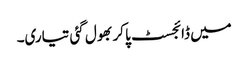
میں ڈائجسٹ پا کر بھول گئی تیاری۔